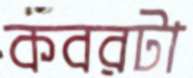
কবরটা